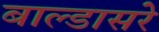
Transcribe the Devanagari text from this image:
बाल्डासरे